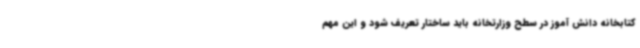
کتابخانه دانش آموز در سطح وزارتخانه باید ساختار تعریف شود و این مهم